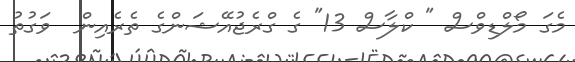
މެގަ މޯލްޑިވްސް " ކްލާސް 13" ގެ ގްރެޖުއޭޝަންގެ ތެރެއިން  ވަގުތު